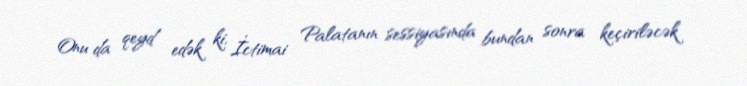
Onu da qeyd edək ki, İctimai Palatanın sessiyasında bundan sonra keçiriləcək